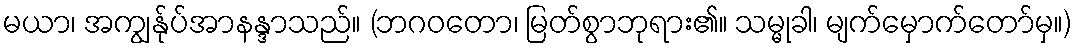
မယာ၊ အကျွန်ုပ်အာနန္ဒာသည်။ (ဘဂဝတော၊ မြတ်စွာဘုရား၏။ သမ္မုခါ၊ မျက်မှောက်တော်မှ။)